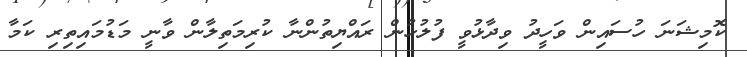
ކޮމިޝަނަ ހުސައިން ވަހީދު ވިދާޅުވީ ފުލުހުން ރައްޔިތުންނާ ކުރިމަތިލާން ވާނީ މަޑުމައިތިރި ކަމާ